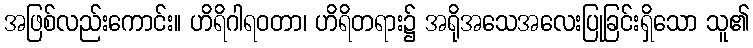
အဖြစ်လည်းကောင်း။ ဟိရိဂါရဝတာ၊ ဟိရိတရား၌ အရိုအသေအလေးပြုခြင်းရှိသော သူ၏